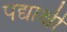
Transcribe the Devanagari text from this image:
पद्याक्षी